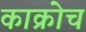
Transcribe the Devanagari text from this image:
काक्रोच